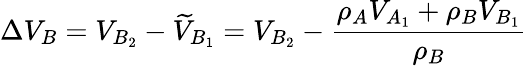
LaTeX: \Delta{V}_{B}=V_{B_{2}}-\widetilde{V}_{B_{1}}=V_{B_{2}}-{\frac{\rho_{A}{V}_{A_{1}}+\rho_{B}{V}_{B_{1}}}{\rho_{B}}}